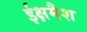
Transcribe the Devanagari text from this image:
ईक्षमैश